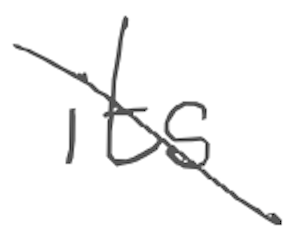
Text: its
Cross-out: diagonal
Writing tool: digital_gray